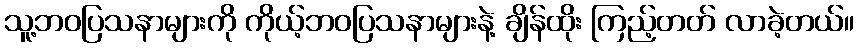
သူ့ဘဝပြသနာများကို ကိုယ့်ဘဝပြသနာများနဲ့ ချိန်ထိုး ကြည့်တတ် လာခဲ့တယ်။